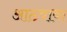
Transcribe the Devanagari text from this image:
आठवावा